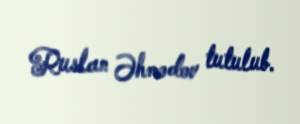
Ruslan Əhmədov tutulub.